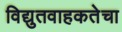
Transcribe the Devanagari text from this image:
विद्युतवाहकतेचा